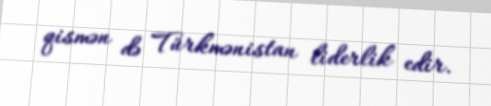
qismən də Türkmənistan liderlik edir.